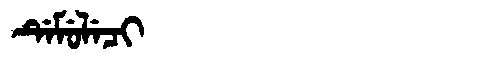
Manchu: ᡩᡝᠮᡠᠯᡝᠴᡳ
Romanization: DEMULECI